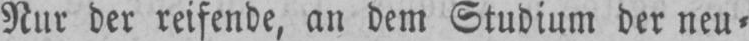
Nur der reifende, an dem Studium der neu⸗